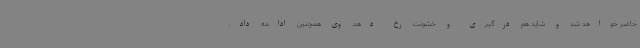
حاضر خواهد شد و شاید هم درگیری و خشونت رخ دهد. وی همچنین ادامه داد،